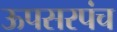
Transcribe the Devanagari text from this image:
ऊपसरपंच